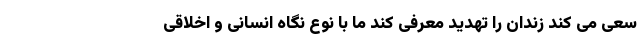
سعی می کند زندان را تهدید معرفی کند ما با نوع نگاه انسانی و اخلاقی